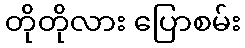
တိုတိုလား ပြောစမ်း